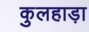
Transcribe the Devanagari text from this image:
कुलहाड़ा